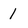
Character: 1